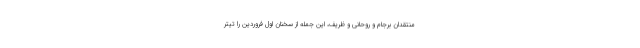
منتقدان برجام و روحانی و ظریف، این جمله از سخنان اول فروردین را تیتر